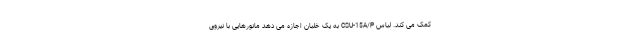
کمک می کند. لباس CSU-15A/P به یک خلبان اجازه می دهد مانورهایی با نیروی